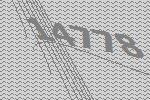
14778